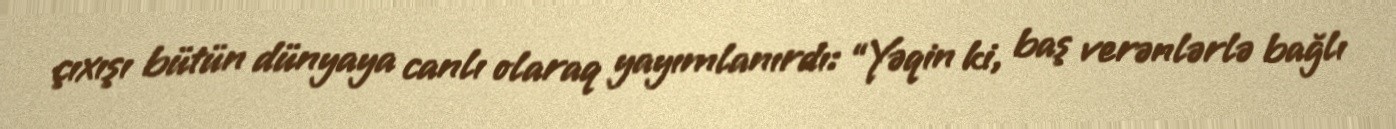
çıxışı bütün dünyaya canlı olaraq yayımlanırdı: “Yəqin ki, baş verənlərlə bağlı